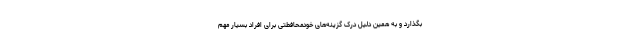
بگذارد و به همین دلیل درک گزینه‌های خودمحافطتی برای افراد بسیار مهم